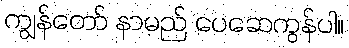
ကျွန်တော် နာမည် ပေဆေကွန်ပါ။